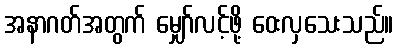
အနာဂတ်အတွက် မျှော်လင့်ဖို့ ဝေးလှသေးသည်။